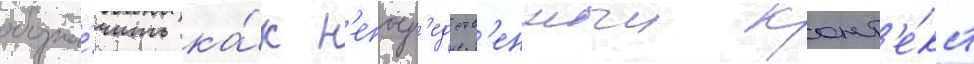
обозна́чить ка́к н'епоср'едств'енныи конт'е́кст